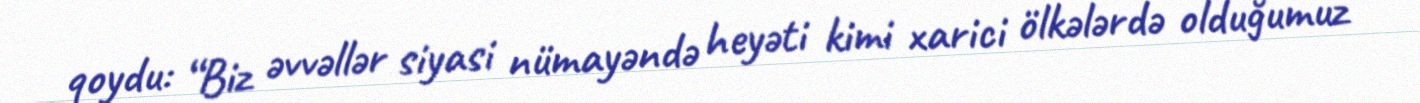
qoydu: “Biz əvvəllər siyasi nümayəndə heyəti kimi xarici ölkələrdə olduğumuz